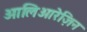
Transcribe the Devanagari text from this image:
ओलिओरेज़िन